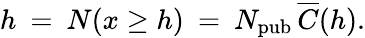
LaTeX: h\: =\: N(x\ge h)\: =\: N_{\mathrm{pub}}\, \overline{{C}}(h).